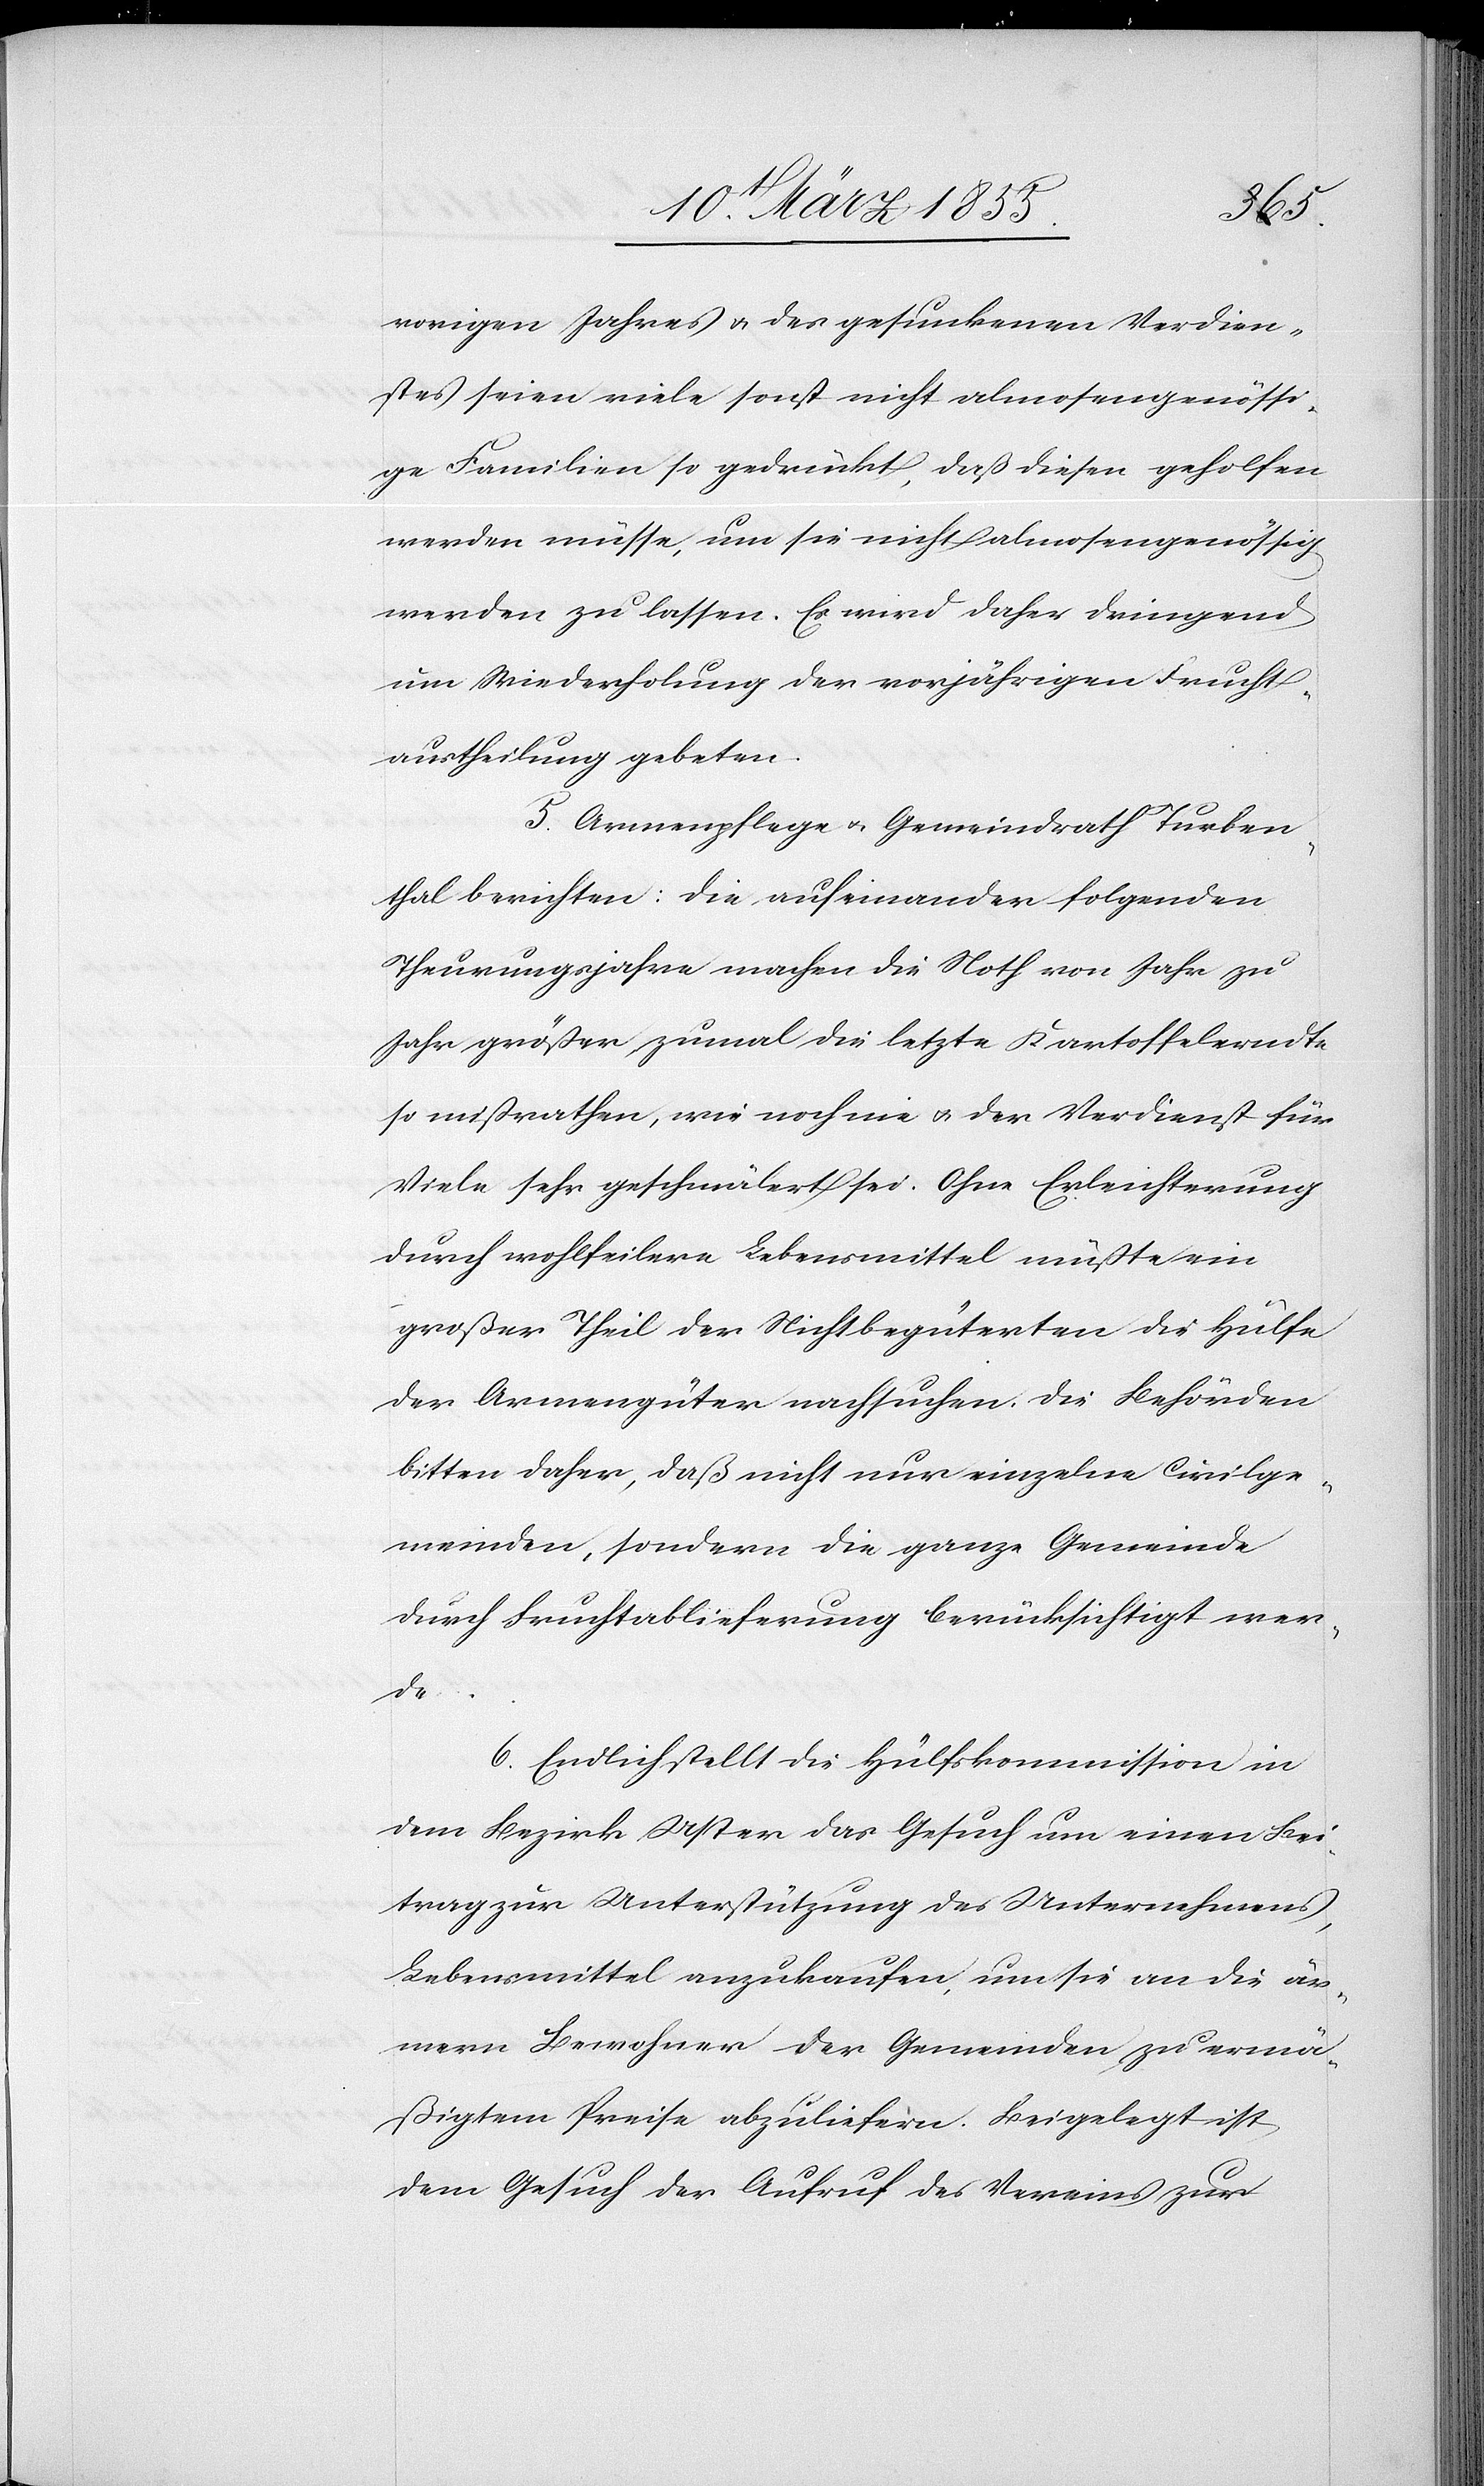
vorigen Jahres & des gesunkenen Verdien¬
stes seien viele sonst nicht almosengenössi¬
ge Familien so gedrückt, daß diesen geholfen
werden müsse, um sie nicht almosengenössig
werden zu lassen. Es wird daher dringend
um Wiederholung der vorjährigen Frucht¬
austheilung gebeten.
5. Armenpflege & Gemeindrath Turben¬
thal berichten: die aufeinander folgenden
Theurungsjahre machen die Noth von Jahr zu
Jahr größer, zumal die letzte Kartoffelerndte
so mißrathen, wie noch nie & der Verdienst für
Viele sehr geschmälert sei. Ohne Erleichterung
durch wohlfeilere Lebensmittel müßte ein
großer Theil der Nichtbegüterten die Hülfe
der Armengüter nachsuchen. Die Behörden
bitten daher, daß nicht nur einzelne Civilge¬
meinden, sondern die ganze Gemeinde
durch Fruchtablieferung berücksichtigt wer¬
de.
6. Endlich stellt die Hülfskommission in
dem Bezirk Uster das Gesuch um einen Bei¬
trag zur Unterstützung des Unternehmens,
Lebensmittel anzukaufen, um sie an die är¬
mern Bewohner der Gemeinden zu ermä¬
ßigtem Preise abzuliefern. Beigelegt ist
dem Gesuch der Aufruf des Vereins zur